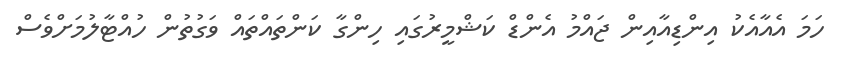
ހަމަ އެއާއެކު އިންޑިއާއިން ޖައްމު އެންޑް ކަޝްމީރުގައި ހިންގާ ކަންތައްތައް ވަގުތުން ހުއްޓާލުމަށްވެސް